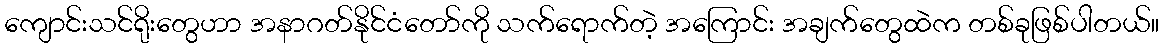
ကျောင်းသင်ရိုးတွေဟာ အနာဂတ်နိုင်ငံတော်ကို သက်ရောက်တဲ့ အကြောင်း အချက်တွေထဲက တစ်ခုဖြစ်ပါတယ်။